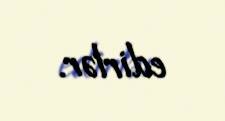
edirlər.